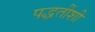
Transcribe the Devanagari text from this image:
पद्धतींशी